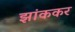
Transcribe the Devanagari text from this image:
झांककर